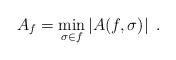
LaTeX: \begin{align*}A_f = \min_{\sigma \in f} |A(f,\sigma)| \enspace .\end{align*}